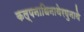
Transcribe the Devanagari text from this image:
कल्पनाधिनाथेरघुनाथे